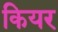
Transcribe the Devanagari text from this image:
कियर